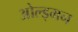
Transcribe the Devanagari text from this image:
ओल्ड्मन